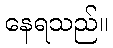
နေရသည်။